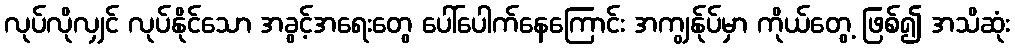
လုပ်လိုလျှင် လုပ်နိုင်သော အခွင့်အရေးတွေ ပေါ်ပေါက်နေကြောင်း အကျွန်ုပ်မှာ ကိုယ်တွေ့ ဖြစ်၍ အသိဆုံး